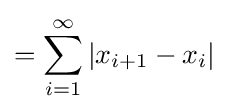
=\sum _{i=1}^{\infty }\left|x_{i+1}-x_{i}\right|